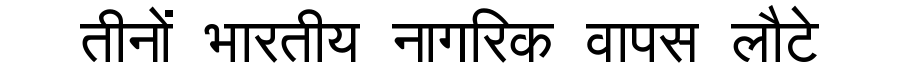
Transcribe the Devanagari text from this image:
तीनों भारतीय नागरिक वापस लौटे